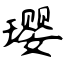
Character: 璎